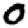
Digit: 0